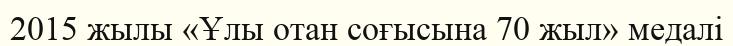
2015 жылы «Ұлы отан соғысына 70 жыл» медалі